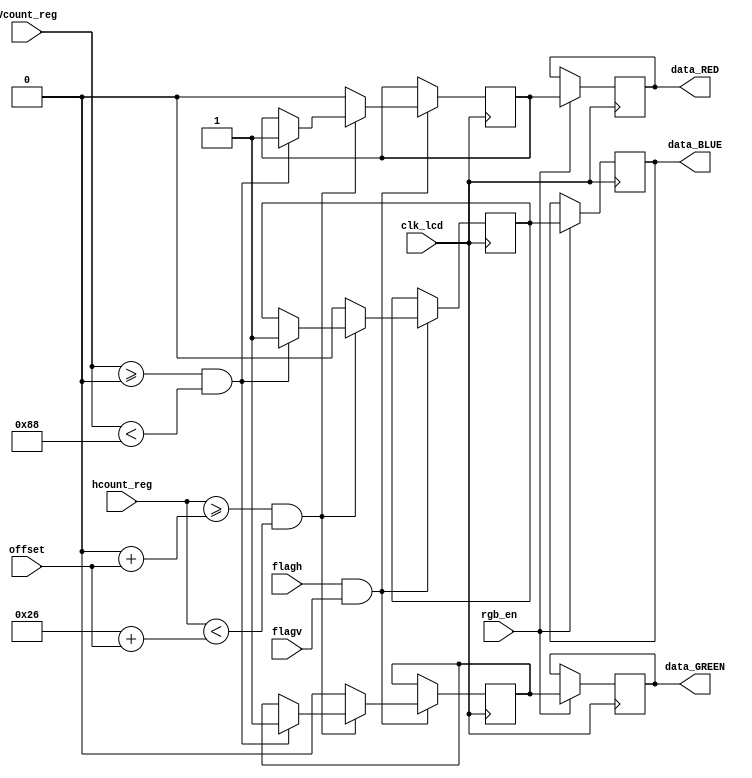
`timescale 1ns / 1ps
//////////////////////////////////////////////////////////////////////////////////
// Company: 
// Engineer: 
// 
// Design Name: 
// Module Name:    display 
// Project Name: 
// Target Devices: 
// Tool versions: 
// Description: 
//
// Dependencies: 
//
// Revision: 
// Revision 0.01 - File Created
// Additional Comments: 
//
//////////////////////////////////////////////////////////////////////////////////

module display1(offset,rgb_en,clk_lcd, flagv, flagh, data_RED, data_BLUE, data_GREEN, hcount_reg,Vcount_reg);
				
input clk_lcd,flagh, flagv,rgb_en; 
input  [9:0] hcount_reg,offset;
input [8:0]Vcount_reg;
output reg  data_RED, data_BLUE;
output reg  data_GREEN;
reg  RED, BLUE;
reg GREEN; 
wire Data_out;


initial
begin
data_RED<=0; 
data_BLUE<=0; 
data_GREEN<=0; 
end




// AND between flagh y flagv
assign Data_out=(flagh&flagv);



always @(posedge clk_lcd)
begin
if(Data_out)
if(hcount_reg>=(0+offset) && hcount_reg<(38+offset))begin
		if(Vcount_reg>=0 && Vcount_reg<136)
		begin
		RED<=1; 
		BLUE<=1; 
		GREEN<=1;
		end
     end

else begin
RED<=0; 
BLUE<=0; 
GREEN<=0;
end 

end

						
//Output sync  
always@(posedge clk_lcd) 
begin 
if(rgb_en)begin
data_RED<=RED; 
data_BLUE<=BLUE; 
data_GREEN<=GREEN; 
end 
end
endmodule